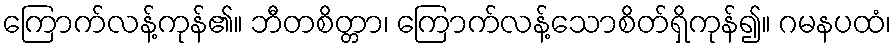
ကြောက်လန့်ကုန်၏။ ဘီတစိတ္တာ၊ ကြောက်လန့်သောစိတ်ရှိကုန်၍။ ဂမနပထံ၊